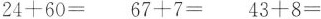
$$2 4 + 6 0 =$$ $$6 7 + 7 =$$ $$4 3 + 8 =$$